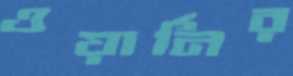
ওয়ার্নির